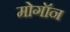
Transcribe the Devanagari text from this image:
मोगॉन